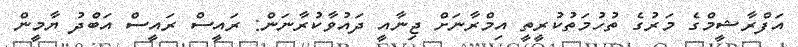
އަފްރާޝީމްގެ މަރުގެ ތުހުމަތުކުރީތީ އިމްރާނަށް ޖިނާއީ ދައުވާކުރާނަން: ރައީސް ރައީސް އަބްދު ޔާމީން